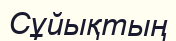
Сұйықтың